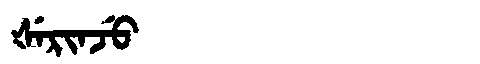
Manchu: ᡧᡝᡵᡳᠨᠵᡠ
Romanization: ŠERINJU